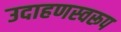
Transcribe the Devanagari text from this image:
उदाहणस्वरूप